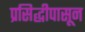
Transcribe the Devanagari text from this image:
प्रसिद्धीपासून